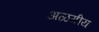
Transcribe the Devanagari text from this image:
अळगीय